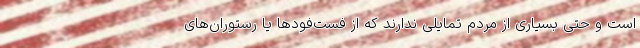
است و حتی بسیاری از مردم تمایلی ندارند که از فست‌فودها یا رستوران‌های